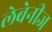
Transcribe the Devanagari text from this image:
लेबेनीज